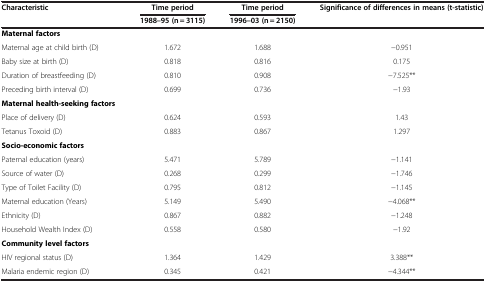
<table><thead><tr><td><b>Characteristic</b></td><td><b>Time period</b></td><td><b>Time period</b></td><td><b>Significance of differences in means (t-statistic)</b></td></tr></thead><tbody><tr><td> </td><td><b>1988–95 (n = 3115)</b></td><td><b>1996–03 (n = 2150)</b></td><td> </td></tr><tr><td><b>Maternal factors</b></td><td> </td><td> </td><td> </td></tr><tr><td>Maternal age at child birth (D)</td><td>1.672</td><td>1.688</td><td>−0.951</td></tr><tr><td>Baby size at birth (D)</td><td>0.818</td><td>0.816</td><td>0.175</td></tr><tr><td>Duration of breastfeeding (D)</td><td>0.810</td><td>0.908</td><td>−7.525**</td></tr><tr><td>Preceding birth interval (D)</td><td>0.699</td><td>0.736</td><td>−1.93</td></tr><tr><td><b>Maternal health-seeking factors</b></td><td> </td><td> </td><td> </td></tr><tr><td>Place of delivery (D)</td><td>0.624</td><td>0.593</td><td>1.43</td></tr><tr><td>Tetanus Toxoid (D)</td><td>0.883</td><td>0.867</td><td>1.297</td></tr><tr><td><b>Socio-economic factors</b></td><td> </td><td> </td><td> </td></tr><tr><td>Paternal education (years)</td><td>5.471</td><td>5.789</td><td>−1.141</td></tr><tr><td>Source of water (D)</td><td>0.268</td><td>0.299</td><td>−1.746</td></tr><tr><td>Type of Toilet Facility (D)</td><td>0.795</td><td>0.812</td><td>−1.145</td></tr><tr><td>Maternal education (Years)</td><td>5.149</td><td>5.490</td><td>−4.068**</td></tr><tr><td>Ethnicity (D)</td><td>0.867</td><td>0.882</td><td>−1.248</td></tr><tr><td>Household Wealth Index (D)</td><td>0.558</td><td>0.580</td><td>−1.92</td></tr><tr><td><b>Community level factors</b></td><td> </td><td> </td><td> </td></tr><tr><td>HIV regional status (D)</td><td>1.364</td><td>1.429</td><td>3.388**</td></tr><tr><td>Malaria endemic region (D)</td><td>0.345</td><td>0.421</td><td>−4.344**</td></tr></tbody></table>